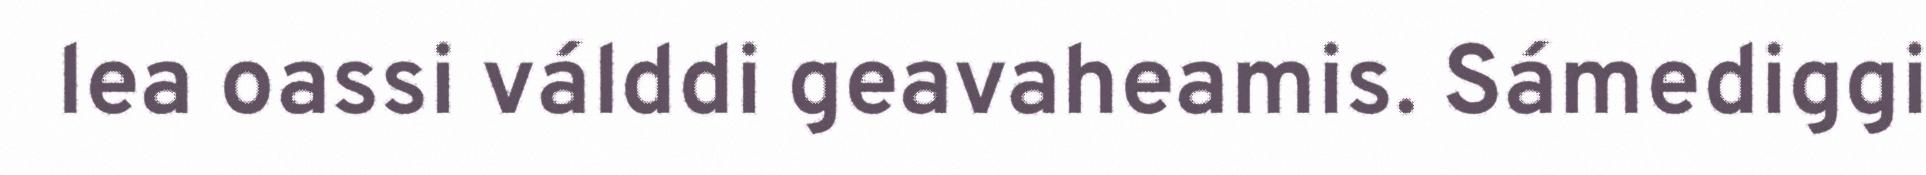
lea oassi válddi geavaheamis. Sámediggi